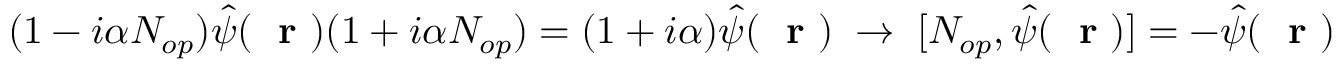
( 1 - i \alpha N _ { o p } ) \hat { \psi } ( \mathrm { ~ \bf ~ r ~ } ) ( 1 + i \alpha N _ { o p } ) = ( 1 + i \alpha ) \hat { \psi } ( \mathrm { ~ \bf ~ r ~ } ) \; \to \; [ N _ { o p } , \hat { \psi } ( \mathrm { ~ \bf ~ r ~ } ) ] = - \hat { \psi } ( \mathrm { ~ \bf ~ r ~ } )